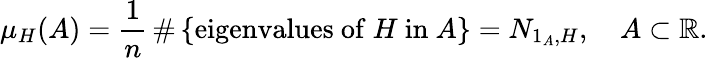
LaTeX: \mu_{H}(A)={\frac{1}{n}}\, \# \left\{ {\mathrm{eigenvalues~of~}}H{\mathrm{~in~}}A\right\} =N_{1_{A},H},\quad A\subset\mathbb{R}.